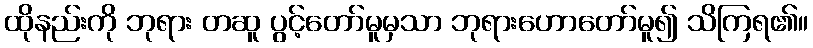
ထိုနည်းကို ဘုရား တဆူ ပွင့်တော်မူမှသာ ဘုရားဟောတော်မူ၍ သိကြရ၏။